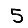
Digit: 5